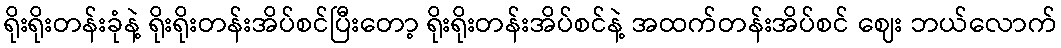
ရိုးရိုးတန်းခုံနဲ့ ရိုးရိုးတန်းအိပ်စင်ပြီးတော့ ရိုးရိုးတန်းအိပ်စင်နဲ့ အထက်တန်းအိပ်စင် ဈေး ဘယ်လောက်